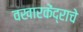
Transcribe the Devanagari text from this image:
वखारकेंद्राचे